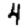
Digit: 4